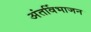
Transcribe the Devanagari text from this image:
अंतर्विभाजन